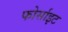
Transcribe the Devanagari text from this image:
फोर्साइट